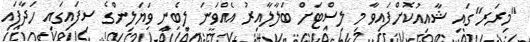
"މިރަރ"ގައި ޝާއިއުކޮށްފައިވާ މި ލިސްޓަށް ބަލާލާއިރު އެއްވަނަ ލިބެނީ ވަޔަލިންގެ ސިފައިގައި ހަދާފައި